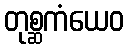
တုစ္ဆကံယေဝ